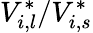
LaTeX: V_{i,l}^{*}/V_{i,s}^{*}